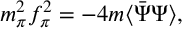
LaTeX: m _ { \pi } ^ { 2 } f _ { \pi } ^ { 2 } = - 4 m \langle \bar { \Psi } \Psi \rangle ,